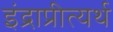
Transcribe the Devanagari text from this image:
इंद्राप्रीत्यर्थ